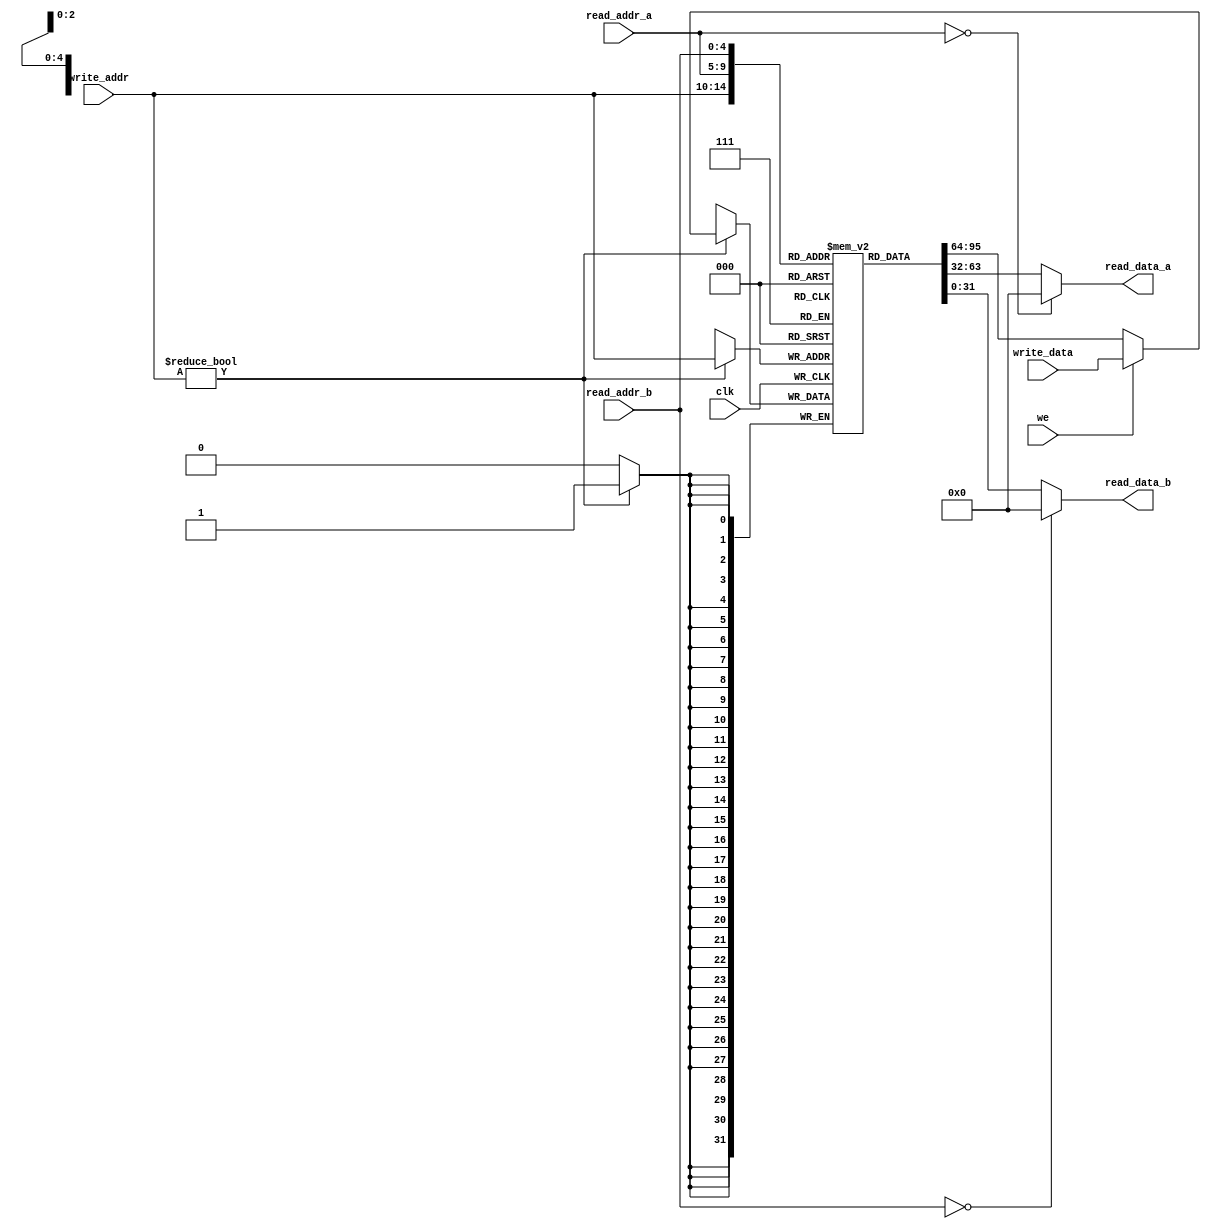
module ada_reg_file(
    input           clk,            // clock
    input   [4:0]   read_addr_a,    // Address port A
    input   [4:0]   read_addr_b,    // Address port B
    input   [4:0]   write_addr,     // Write address
    input   [31:0]  write_data,     // Data to write
    input           we,             // Write enable
    output [31:0]   read_data_a,    // Data port A
    output [31:0]   read_data_b     // Data port B
    );

    //--------------------------------------------------------------------------
    // Signal Declaration: reg
    //--------------------------------------------------------------------------
    reg [31:0] registers [1:31];                // Register file of 32 32-bit registers. Register 0 is hardwired to 0s

    //--------------------------------------------------------------------------
    // Sequential (clocked) write.
    //--------------------------------------------------------------------------
    always @(posedge clk) begin
        if (write_addr != 0)
            registers[write_addr] <= (we) ? write_data : registers[write_addr];
    end

    //--------------------------------------------------------------------------
    // Combinatorial Read. Register 0 is all 0s.
    //--------------------------------------------------------------------------
    assign read_data_a = (read_addr_a == 5'b0) ? 32'h0000_0000 : registers[read_addr_a];
    assign read_data_b = (read_addr_b == 5'b0) ? 32'h0000_0000 : registers[read_addr_b];
endmodule